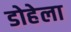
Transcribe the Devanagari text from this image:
डोहेला